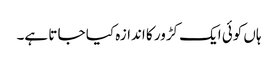
ہاں کوئی ایک کڑور کا اندازہ کیا جا تا ہے۔